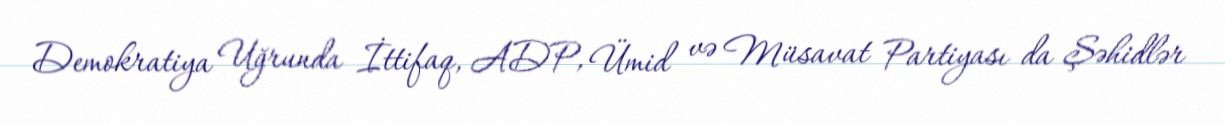
Demokratiya Uğrunda İttifaq, ADP, Ümid və Müsavat Partiyası da Şəhidlər